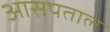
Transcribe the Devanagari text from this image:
आसपताल